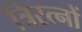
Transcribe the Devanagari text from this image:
त्रिरत्नों